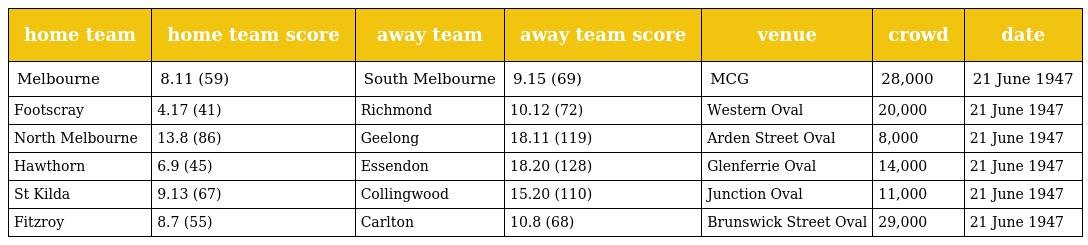
| home team | home team score | away team | away team score | venue | crowd | date |
 | --- | --- | --- | --- | --- | --- | --- |
 | Melbourne | 8.11 (59) | South Melbourne | 9.15 (69) | MCG | 28,000 | 21 June 1947 |
 | Footscray | 4.17 (41) | Richmond | 10.12 (72) | Western Oval | 20,000 | 21 June 1947 |
 | North Melbourne | 13.8 (86) | Geelong | 18.11 (119) | Arden Street Oval | 8,000 | 21 June 1947 |
 | Hawthorn | 6.9 (45) | Essendon | 18.20 (128) | Glenferrie Oval | 14,000 | 21 June 1947 |
 | St Kilda | 9.13 (67) | Collingwood | 15.20 (110) | Junction Oval | 11,000 | 21 June 1947 |
 | Fitzroy | 8.7 (55) | Carlton | 10.8 (68) | Brunswick Street Oval | 29,000 | 21 June 1947 |